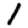
Digit: 1